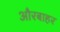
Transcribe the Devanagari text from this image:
औरबाहर